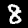
Digit: 8